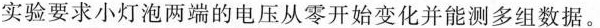
实验要求小灯泡两端的电压从零开始变化并能测多组数据。